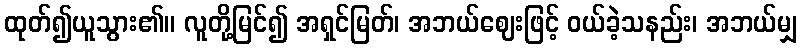
ထုတ်၍ယူသွား၏။ လူတို့မြင်၍ အရှင်မြတ်၊ အဘယ်ဈေးဖြင့် ဝယ်ခဲ့သနည်း၊ အဘယ်မျှ